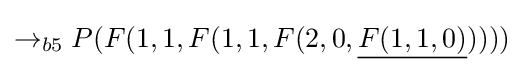
\rightarrow _{b5}P(F(1,1,F(1,1,F(2,0,{\underline {F(1,1,0)}}))))